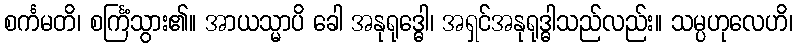
စင်္ကမတိ၊ စင်္ကြံသွား၏။ အာယသ္မာပိ ခေါ အနုရုဒ္ဓေါ၊ အရှင်အနုရုဒ္ဓါသည်လည်း။ သမ္ပဟုလေဟိ၊